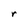
Character: r